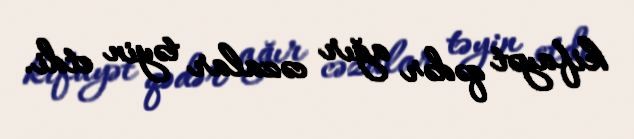
kifayət qədər ağır cəzalar təyin etdi.